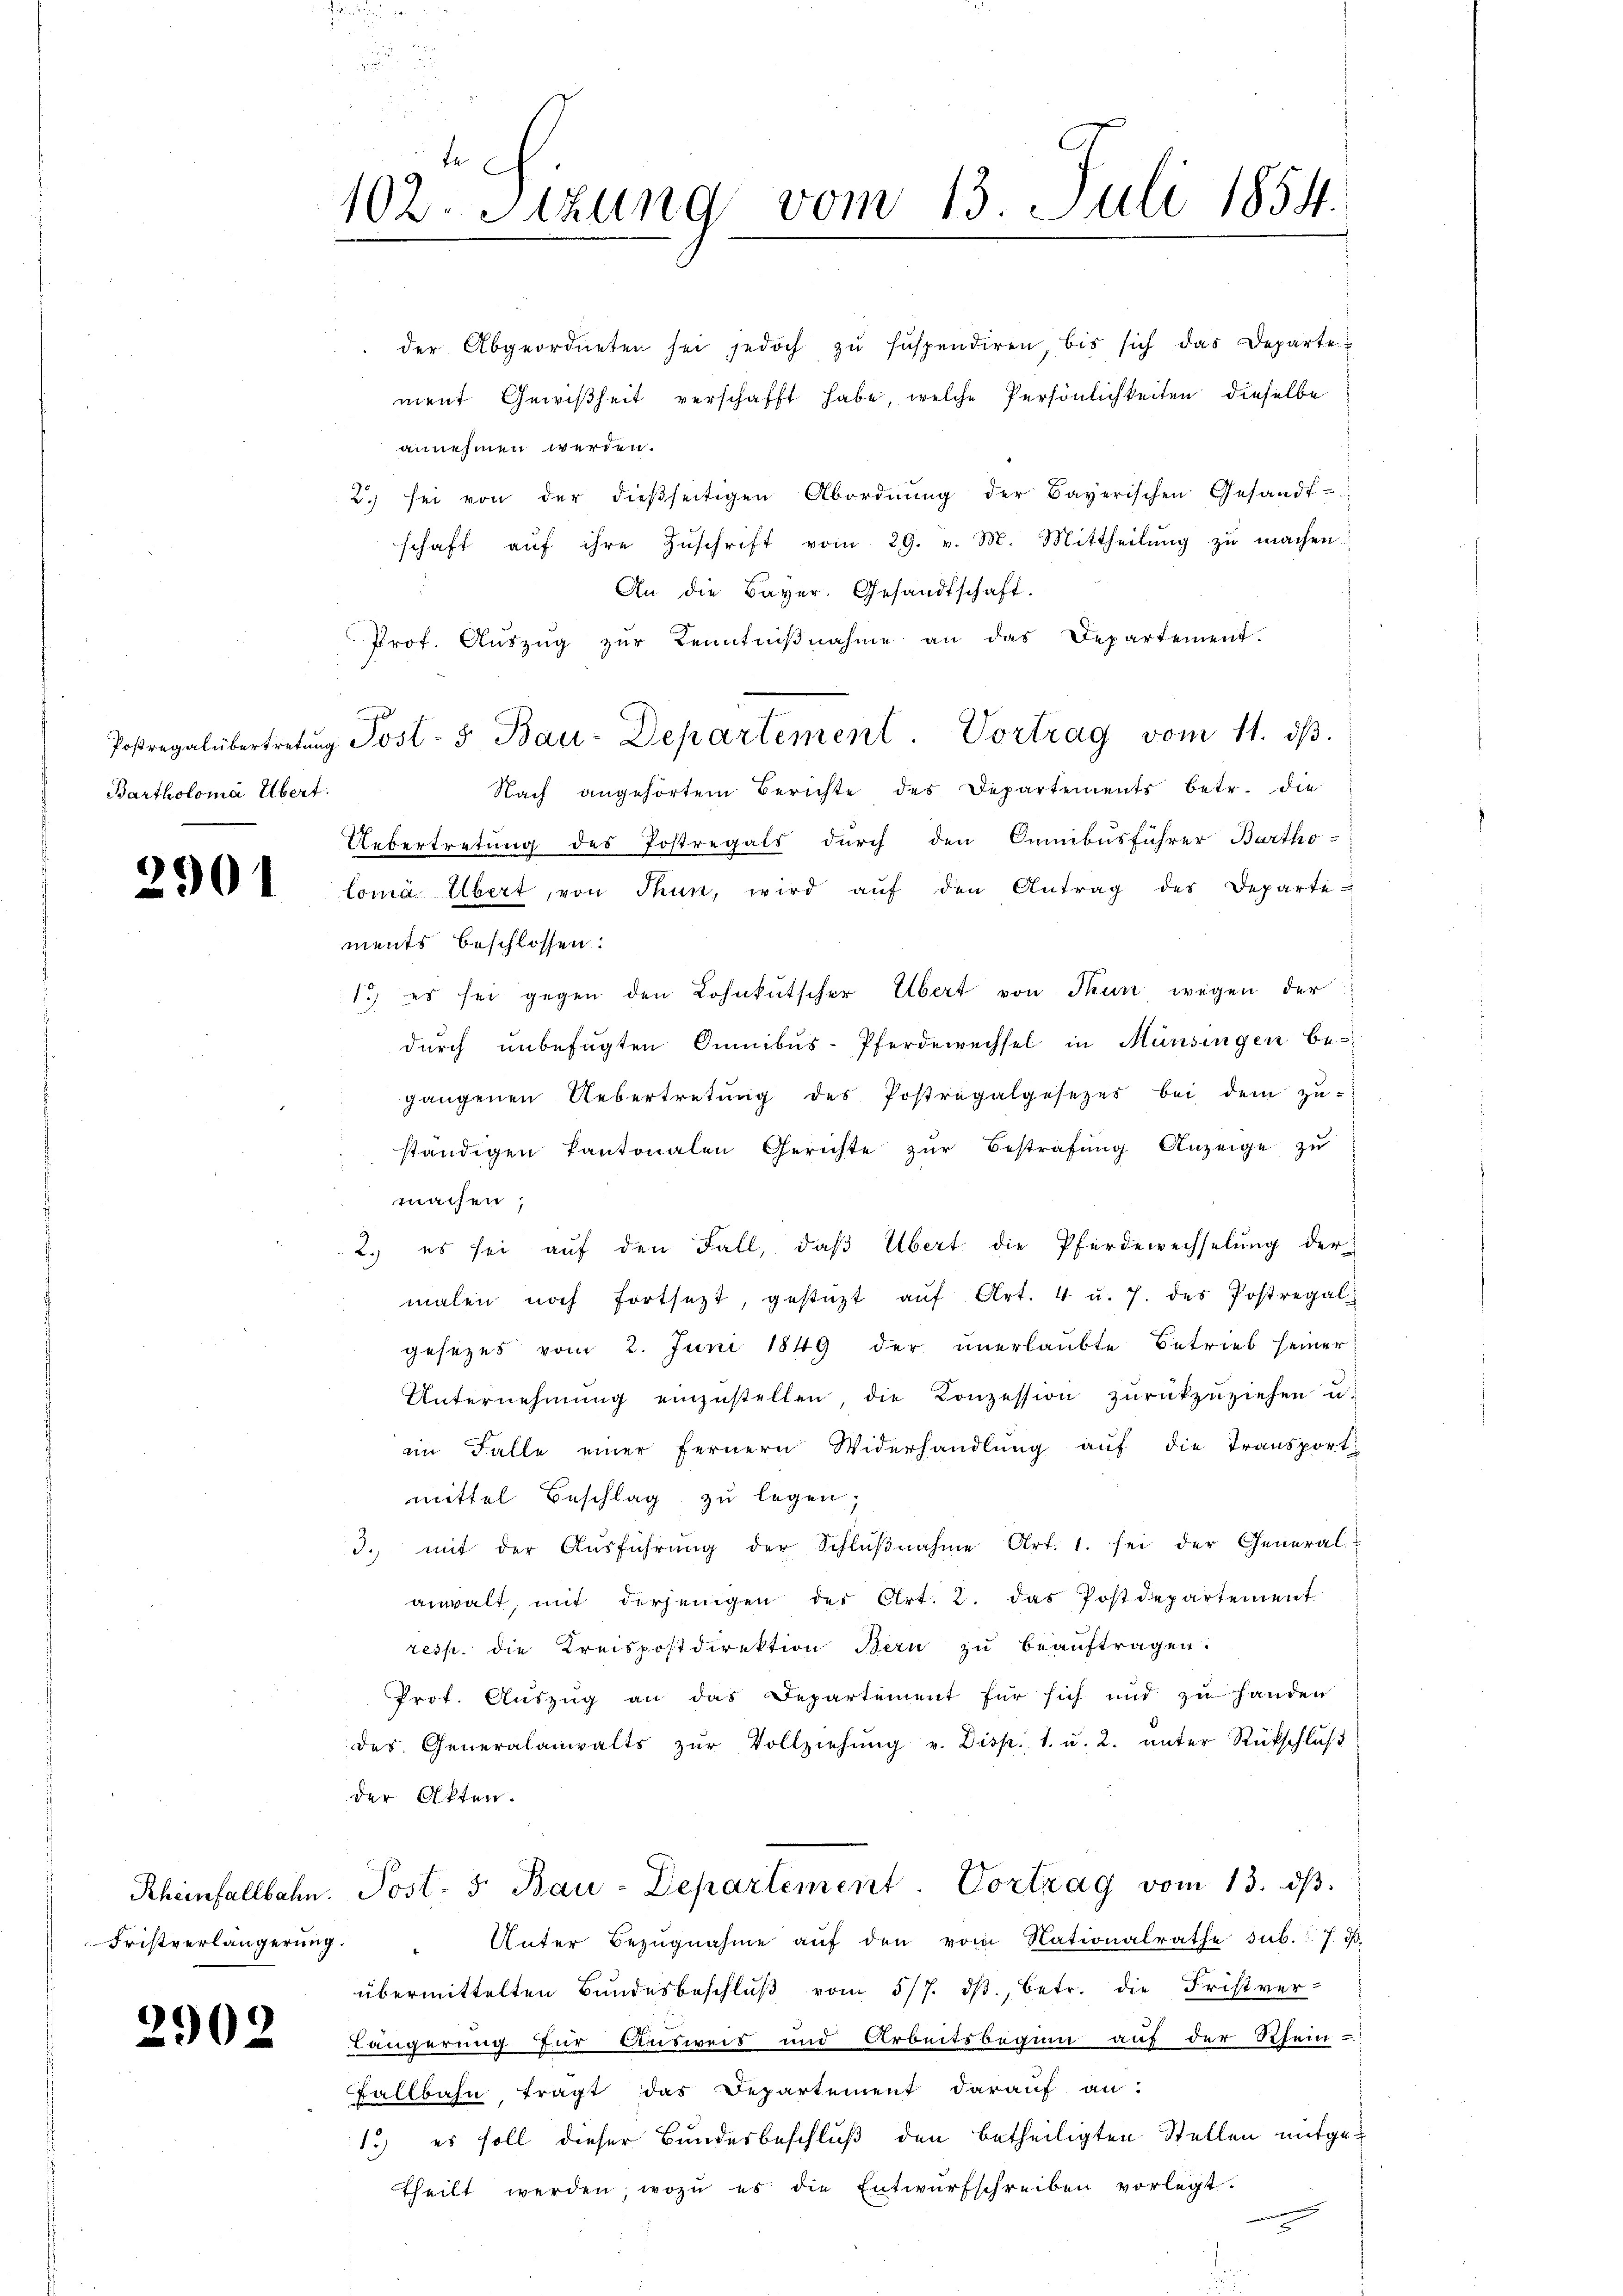
Bartholome Übert.

2901

Fristverlängerung.

2902

102. Stzung vom 13. Juli 1854.

ment Gewißheit verschafft habe, welche Persönlichkeiten dieselbe
annehmen werden.
2. sei von der dieβseitigen Abordnŭng der Bayerischen Gesandt-
schaft aŭf ihre Zuschrift vom 29. v. M. Mittheilung zu machen
An die Bayer. Gesandtschaft.
Prof. Aŭszŭg zŭr Kenntniβnahme an das Departement.
Nach angehörtem Berichte des Departements betr. die
Uebertretung des Postregals durch den Cumibusführer Bartho-
lomä Übert, von Thun, wird aŭf den Antrag des Departements beschlossen:
1.) es sei gegen den Lohnkutscher Übert von Thun, wegen der
durch unbefügten Sunibus-Pferdewechsel in Münsingen be-
gangenen Uebertretŭng des Postregalgesetzes bei dem zŭ-
ständigen Kantonalen Gerichte zŭr Bestrafung Anzeige zu
machen,
2.) es sei auf den Fall, daβ Übert die Pferdewechselung der
malen noch fortsetzt, gestüzt aŭf Art. 4 u. 7. des Postregal
gesezes vom 2. Juni 1849 der unerlaubte Betrieb seiner
Unternehmung einzŭstellen, die Konzession zŭrückzŭziehen u.
im Falle einer fernern Widerhandlung auf die Transport:
mittel Beschlag zu legen,
3. mit der Aŭsführŭng der Schlŭβnahme Art. 1. sei der General-
anwalt, mit derjenigen der Art. 2. das Postdepartement
resp. die Kreispostdirektion Bern zu beauftragen.
Prot. Auszug an das Departement für sich und zu handen
des Generalanwalts zŭr Vollziehŭng v. Disp. 1. u. 2. unter Rückschluß
der Akten.
Rheinfallbahn. Post- 5. Bau-Departement. Vortrag vom 13. dβ.
Unter Bezŭgnahme aŭf den vom Nationalrathe sub. 17. d
d
übermittelten Bundesbeschlŭβ vom 5/7. dβ, betr. die Fristver-
Längerung für Ausweis und Arbeitsbeginn auf der Rhein-
Fallbahn tragt das Departement darauf an:
1.) es soll dieser Bundesbeschluß den betheiligten Stellen mitgetheilt werden, wozu es die Entwurfschreiben vorlegt.

der Abgeordneten sei jedoch zŭ suspendiren bis sich das Departe

Postregal übertretŭng Post- & Bau-Departement Vortrag vom 11. dβ.